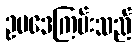
ဥပဒေကြမ်းသည်